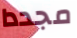
مجددا